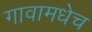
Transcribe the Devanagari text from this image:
गावामधेच